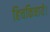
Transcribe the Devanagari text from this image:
हिचकिचाये।